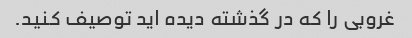
غروبی را که در گذشته دیده اید توصیف کنید.